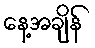
နေ့အချိန်